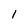
Character: l